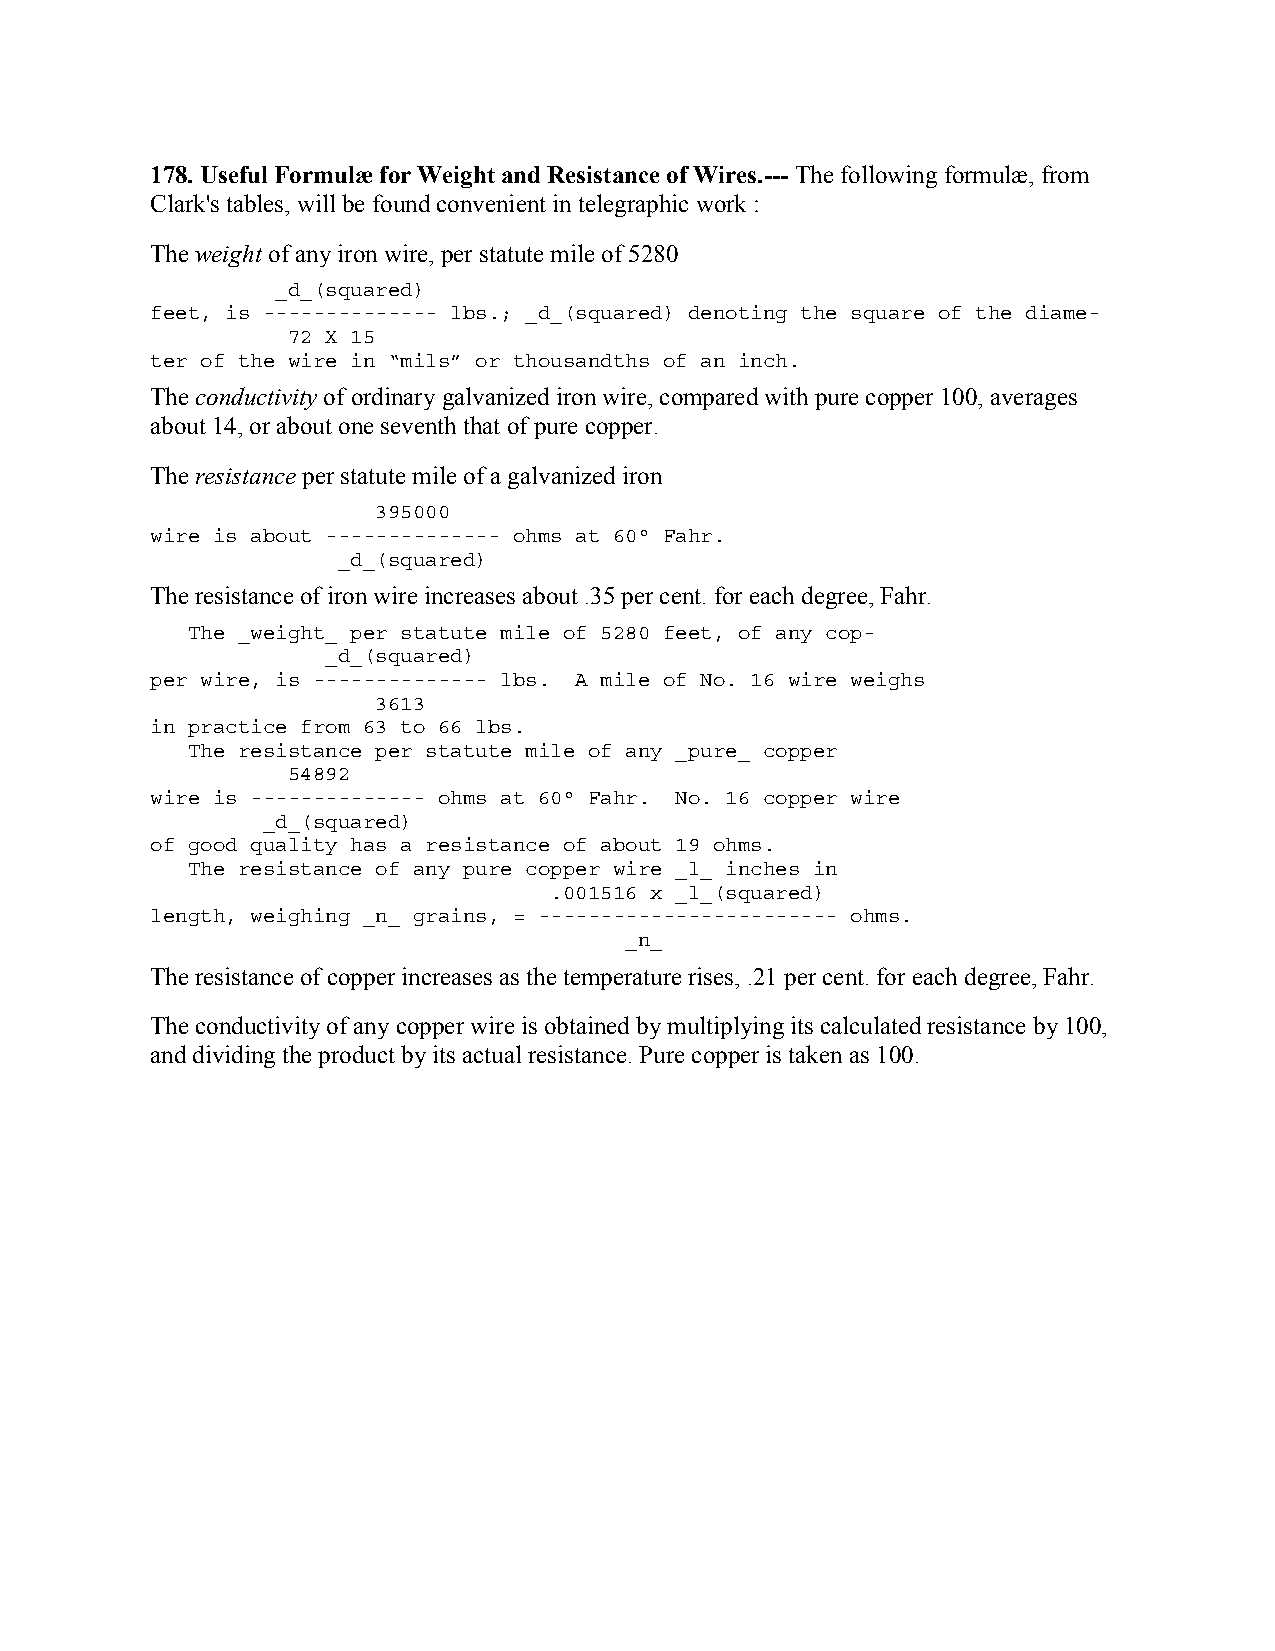
178. Useful Formulæ for Weight and Resistance of Wires.--- The following formulæ, from
 Clark's tables, will be found convenient in telegraphic work :
 The weight of any iron wire, per statute mile of 5280
 _d_(squared)
 feet, is -------------- lbs.; _d_(squared) denoting the square of the diame-
 72 X 15
 ter of the wire in “mils” or thousandths of an inch.
 The conductivity of ordinary galvanized iron wire, compared with pure copper 100, averages
 about 14, or about one seventh that of pure copper.
 The resistance per statute mile of a galvanized iron
 395000
 wire is about -------------- ohms at 60° Fahr.
 _d_(squared)
 The resistance of iron wire increases about .35 per cent. for each degree, Fahr.
 The _weight_ per statute mile of 5280 feet, of any cop-
 _d_(squared)
 per wire, is -------------- lbs. A mile of No. 16 wire weighs
 3613
 in practice from 63 to 66 lbs.
 The resistance per statute mile of any _pure_ copper
 54892
 wire is -------------- ohms at 60° Fahr. No. 16 copper wire
 _d_(squared)
 of good quality has a resistance of about 19 ohms.
 The resistance of any pure copper wire _l_ inches in
 .001516 x _l_(squared)
 length, weighing _n_ grains, = ------------------------ ohms.
 _n_
 The resistance of copper increases as the temperature rises, .21 per cent. for each degree, Fahr.
 The conductivity of any copper wire is obtained by multiplying its calculated resistance by 100,
 and dividing the product by its actual resistance. Pure copper is taken as 100.